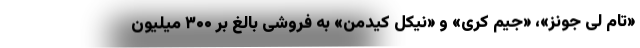
«تام لی جونز»، «جیم کری» و «نیکل کیدمن» به فروشی بالغ بر ۳۰۰ میلیون